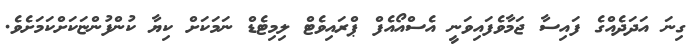
ގިނަ އަދަދެއްގެ ފައިސާ ޖަމާވެފައިވަނީ އެސްއޯއެފް ޕްރައިވެޓް ލިމިޓެޑް ނަމަކަށް ކިޔާ ކުންފުންޏަކަށްކަމަށެވެ.